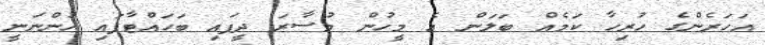
އަހަރެންގެ ހުރިހާ ކަމެއް ބަލަން އެ މީހުން މުސާރަ ދީފައި ބަހައްޓާފައި ހުންނަނީ